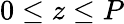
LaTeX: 0\leq z\leq P